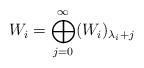
LaTeX: \begin{align*}W_i&=\bigoplus_{j=0}^{\infty}(W_i)_{\lambda_i+j}\end{align*}